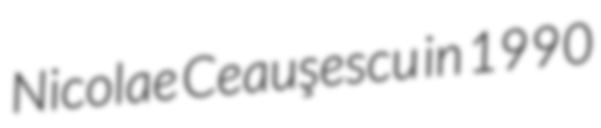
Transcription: Nicolae Ceauşescu in 1990